Vaccine operations Central Provinces 1900-1911 - 1900-1911
Year: 1900
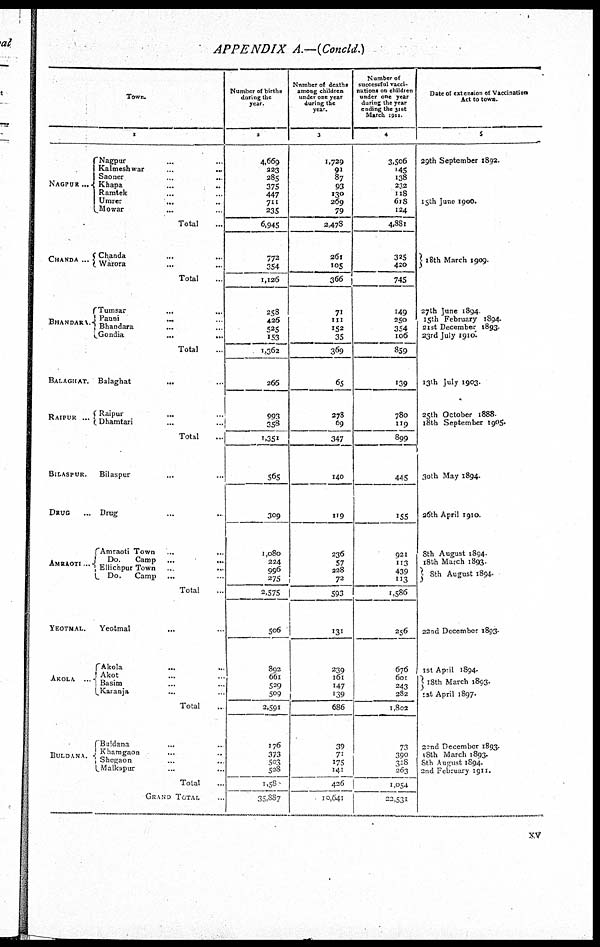
APPENDIX A.—(Concld.)
Town.
1
NAGPUR...
CHANDA ...
BHANDARA.
BALAGHAT.
RAIPUR ...
BILASPUR.
DRUG ...
AMRAOTI...
YEOTMAL.
AKOLA ...
BULDANA.
Nagpur ... ...
Kalmeshwar ... ...
Saoner
...
...
Khapa
...
...
Ramtek ... ...
Umrer
... ... ...
Mowar ... ...
Total ...
Chanda
...
...
Warora ... ...
Total ...
Tumsar
... ...
Pauni
... ...
Bhandara
... ...
Gondia
...
...
Total ...
Balaghat ...
Raipur ... ...
Dhamtari ... ...
Total ...
Bilaspur
... ...
Drug ... ...
Amraoti Town ... ...
Do.
Camp ...
...
Ellichpur Town ... ...
Do.
Camp ... ...
Total ...
Yeotmal ... ...
Akola
... ...
Akot ... ...
Basim
... ...
Karanja ... ...
Total ...
Buldana ... ...
Khamgaon ... ...
Shegaon ... ...
Malkapur
...
...
Total ...
GRAND TOTAL ...
Number of births
during the
year.
2
4,669
223
285
375
447
711
335
6,945
772
354
1,126
258
426
525
153
1,362
266
993
358
1,351
565
309
1,080
224
996
275
2,575
506
892
661
529
509
2,591
176
373
503
528
1,58
35,887
Number of deaths
among children
under one year
during the
year.
3
1,729
91
87
93
130
269
79
2,478
261
105
366
71
111
152
35
369
65
278
69
347
140
119
236
57
228
72
593
131
239
161
147
139
686
39
71
175
141
426
10,641
Number of
successful vacci-
nations on children
under one year
during the year
ending the 31st
March 1911.
4
3,506
145
138
232
118
618
124
4,881
325
420
745
149
250
354
106
859
139
780
119
899
445
155
921
113
439
113
1,586
256
676
601
243
282
1,802
73
390
328
263
1,054
22,531
Date of extension of Vaccination
Act to town.
5
29th September 1892.
15th June 1900.
18th March 1909.
27th June 1894.
15th February 1894.
21st December 1893.
23rd July 1910.
13th July 1903.
25th October 1888
18th September 1905.
30th May 1894.
26th April 1910.
8th August 1894.
18th March 1893.
8th August 1894.
22nd December 1893.
1st April 1894.
18th March 1893.
1st April 1897.
22nd December 1893.
18th March 1893.
8th August 1894.
2nd February 1911.
xv